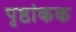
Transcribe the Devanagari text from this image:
पृष्ठांकक